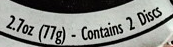
2.7oz(77g) - Contains 2 Discs